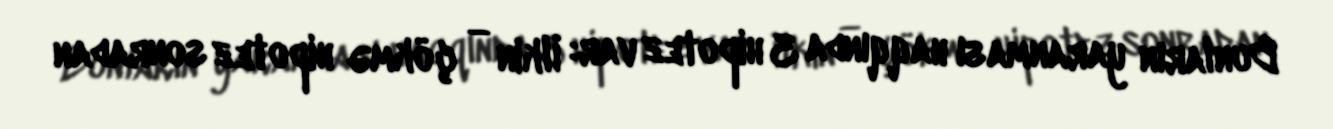
Bunların yaranması haqqında 3 hipotez var: İlkin — çökmə hipotez sonradan